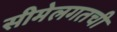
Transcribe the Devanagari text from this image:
सीमेलगतची